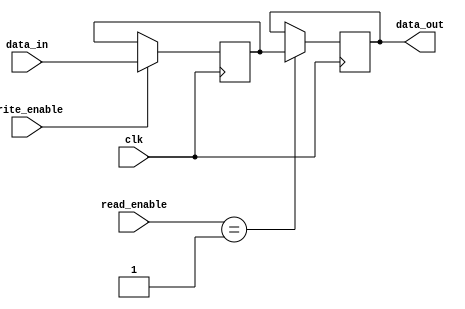
`timescale 1ns / 1ps
module RAM(
    input clk,
    input [13:0] data_in,
    input write_enable,
    input [1:0] read_enable,
    output reg [13:0] data_out
    );
    
reg [13:0] ram;
always@(posedge clk) begin
    if(write_enable)
        ram <= data_in;
    if (read_enable == 2'b01)
        data_out <= ram;
end
endmodule